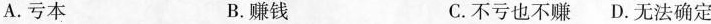
A.亏本 B.赚钱 C.不亏也不赚 D.无法确定